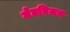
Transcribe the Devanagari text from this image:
मेघविजय